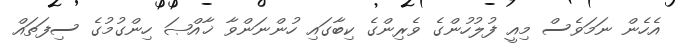
އެހެން ނަމަވެސް މިއީ ފުލުހުންގެ ވެރިންގެ ކިބާގައި ހުންނަންވާ ޚާއްޞަ ހިންގުމުގެ ސިފަތައް